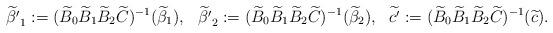
LaTeX: \begin{align*}&\widetilde{\beta^\prime}_1 := (\widetilde{B}_0 \widetilde{B}_1 \widetilde{B}_2 \widetilde{C})^{-1}(\widetilde{\beta}_1),& &\widetilde{\beta^\prime}_2 := (\widetilde{B}_0 \widetilde{B}_1 \widetilde{B}_2 \widetilde{C})^{-1}(\widetilde{\beta}_2),& &\widetilde{c^\prime} := (\widetilde{B}_0 \widetilde{B}_1 \widetilde{B}_2 \widetilde{C})^{-1}(\widetilde{c}).& \end{align*}